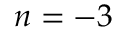
n = - 3